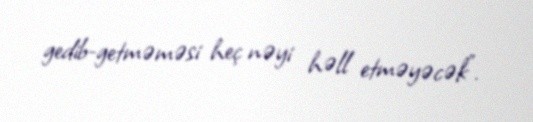
gedib-getməməsi heç nəyi həll etməyəcək”.